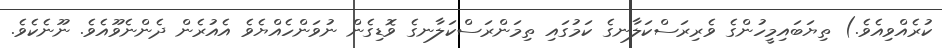
ކުރެއްވިއެވެ.) ތިޔަބައިމީހުންގެ ވެރިރަސްކަލާނގެ ކަމުގައި ތިމަންރަސްކަލާނގެ ވޮޑިގެން ނުވަންހެއްޔެވެ އެއުރެން ދެންނެވޫއެވެ. ނޫނެކެވެ.